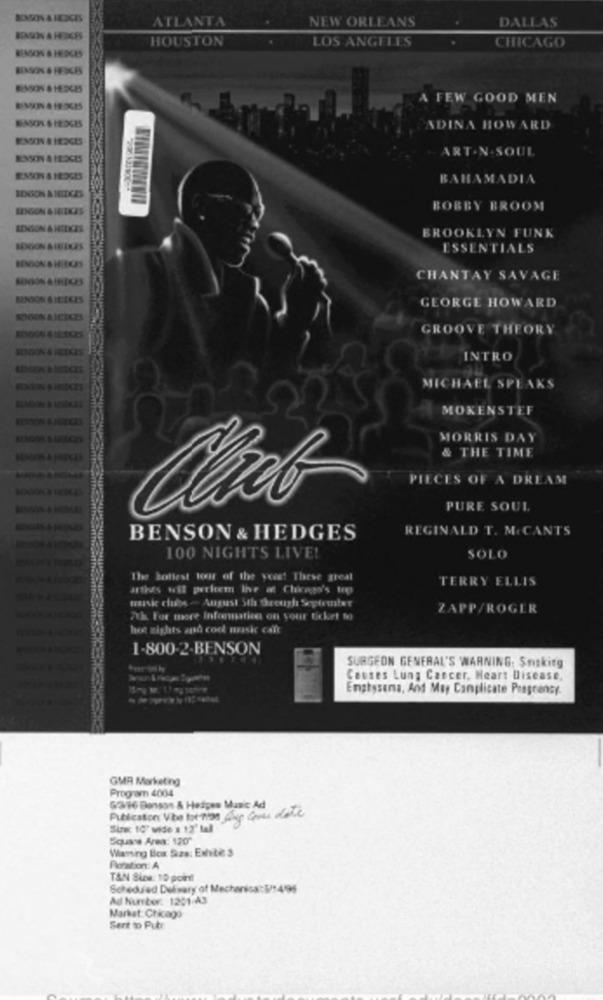
BENSON & HEDCES
ATLANTA
NEW ORLEANS
DALLAS
KNOWN 4 HEDCES
HOUSTON
LOS ANGELES
CHICAGO
BINSON $ HERCBS
REASONS 4 HEDCES
A FEW GOOD MEN
MASOS & HEDGES
ADINA HOWARD
WASON A HEDGES
ART.N. SOUL
ESSOY & HEDGES
BAHAMADIA
BEGON SIEECES
BOBBY BROOM
REGION & HEDCES
BROOKLYN FUNK
MINION SIEDCES
ESSENTIALS
CHANTAY SAVAGE
GEORGE HOWARD
GROOVE THEORY
INTRO
MICHAEL SPEAKS
MOKENSTEF
MORRIS DAY
& THE TIME
PIECES OF A DREAM
PURE SOUL
REGINALD T. M. CANTS
BENSON & HEDGES
100 NIGHTS LIVE!
SOLO
The hottest tour of the yois! These great
TERRY ELLIS
arthas wil perfeem Ihr a Chicago's top
music clubos - August 5th through September
ZAPP/ROGER
7th. For more Informatica on your ticket to
hot sights and cook nraske caft
1-800-2-BENSON
SURGEON GENERAL'S WARNING, Sntkitg
Causes Lung Cancer, Heart Disease,
Emphysema, And May Camplicate Pregrancy.
GMR Marketing
Program 4004
G796 Bonson A Hedges Manic Ad
Publicaton Vba tor Tion
Sinec 10" wide : 12' tall
Squas Area: 120"
Waning Box Sza: Evite s
Poistion: A
TAN Sine: 10 point!
Schedused Delwary of Mechanics:5/1495
Ad Nurber: 1201 A3
Markat: Chicago
Sent m Pubr